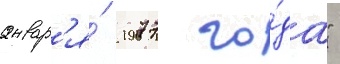
январ'я́ 1977 го́да"